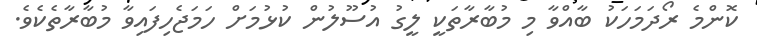
ކޮންމެ ރޯދަމަހަކު ބާއްވާ މި މުބާރާތަކީ ލީގު އުސޫލުން ކުޅުމަށް ހަމަޖެހިފައިވާ މުބާރާތެކެވެ.